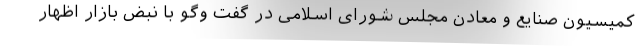
کمیسیون صنایع و معادن مجلس شورای اسلامی در گفت وگو با نبض بازار اظهار